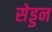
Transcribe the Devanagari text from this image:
सेड्डन